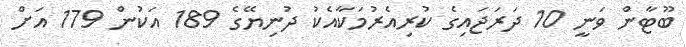
ބޫޓާން ވަނީ 10 ދަރަޖައިގެ ކުރިއެރުމަކާއެކު ދުނިޔޭގެ 189 އަކުން 179 އަށް